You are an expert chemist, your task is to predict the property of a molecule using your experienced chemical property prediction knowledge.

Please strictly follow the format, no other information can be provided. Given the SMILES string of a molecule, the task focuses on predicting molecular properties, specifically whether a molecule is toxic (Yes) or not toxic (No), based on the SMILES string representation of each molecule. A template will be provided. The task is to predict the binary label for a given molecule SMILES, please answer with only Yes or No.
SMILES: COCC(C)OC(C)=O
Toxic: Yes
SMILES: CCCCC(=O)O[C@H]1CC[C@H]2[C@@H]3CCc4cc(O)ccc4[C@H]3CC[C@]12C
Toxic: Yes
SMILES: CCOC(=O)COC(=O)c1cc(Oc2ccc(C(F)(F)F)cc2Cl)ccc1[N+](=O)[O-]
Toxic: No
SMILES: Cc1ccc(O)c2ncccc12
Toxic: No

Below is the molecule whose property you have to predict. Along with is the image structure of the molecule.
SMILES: c1ccc2c(c1)Oc1ccccc1S2
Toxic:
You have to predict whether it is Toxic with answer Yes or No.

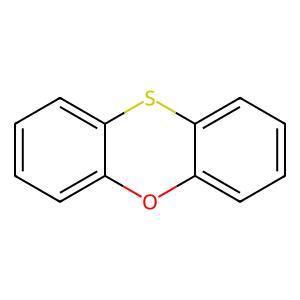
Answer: No